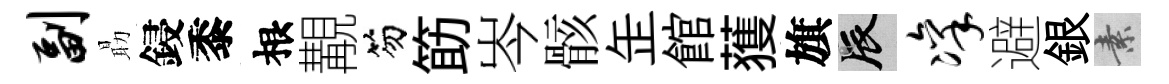
副朂鋟黍根覯笏筯岑骸𦈢館𫉬旗辰凛避銀素